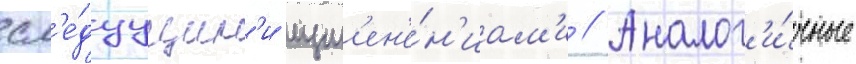
сл'е́дуущим'и изм'ен'е́н'иам'и // Аналог'и́чные